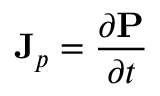
\mathbf { J } _ { p } = { \frac { \partial \mathbf { P } } { \partial t } }